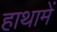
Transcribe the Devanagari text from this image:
हाथामें